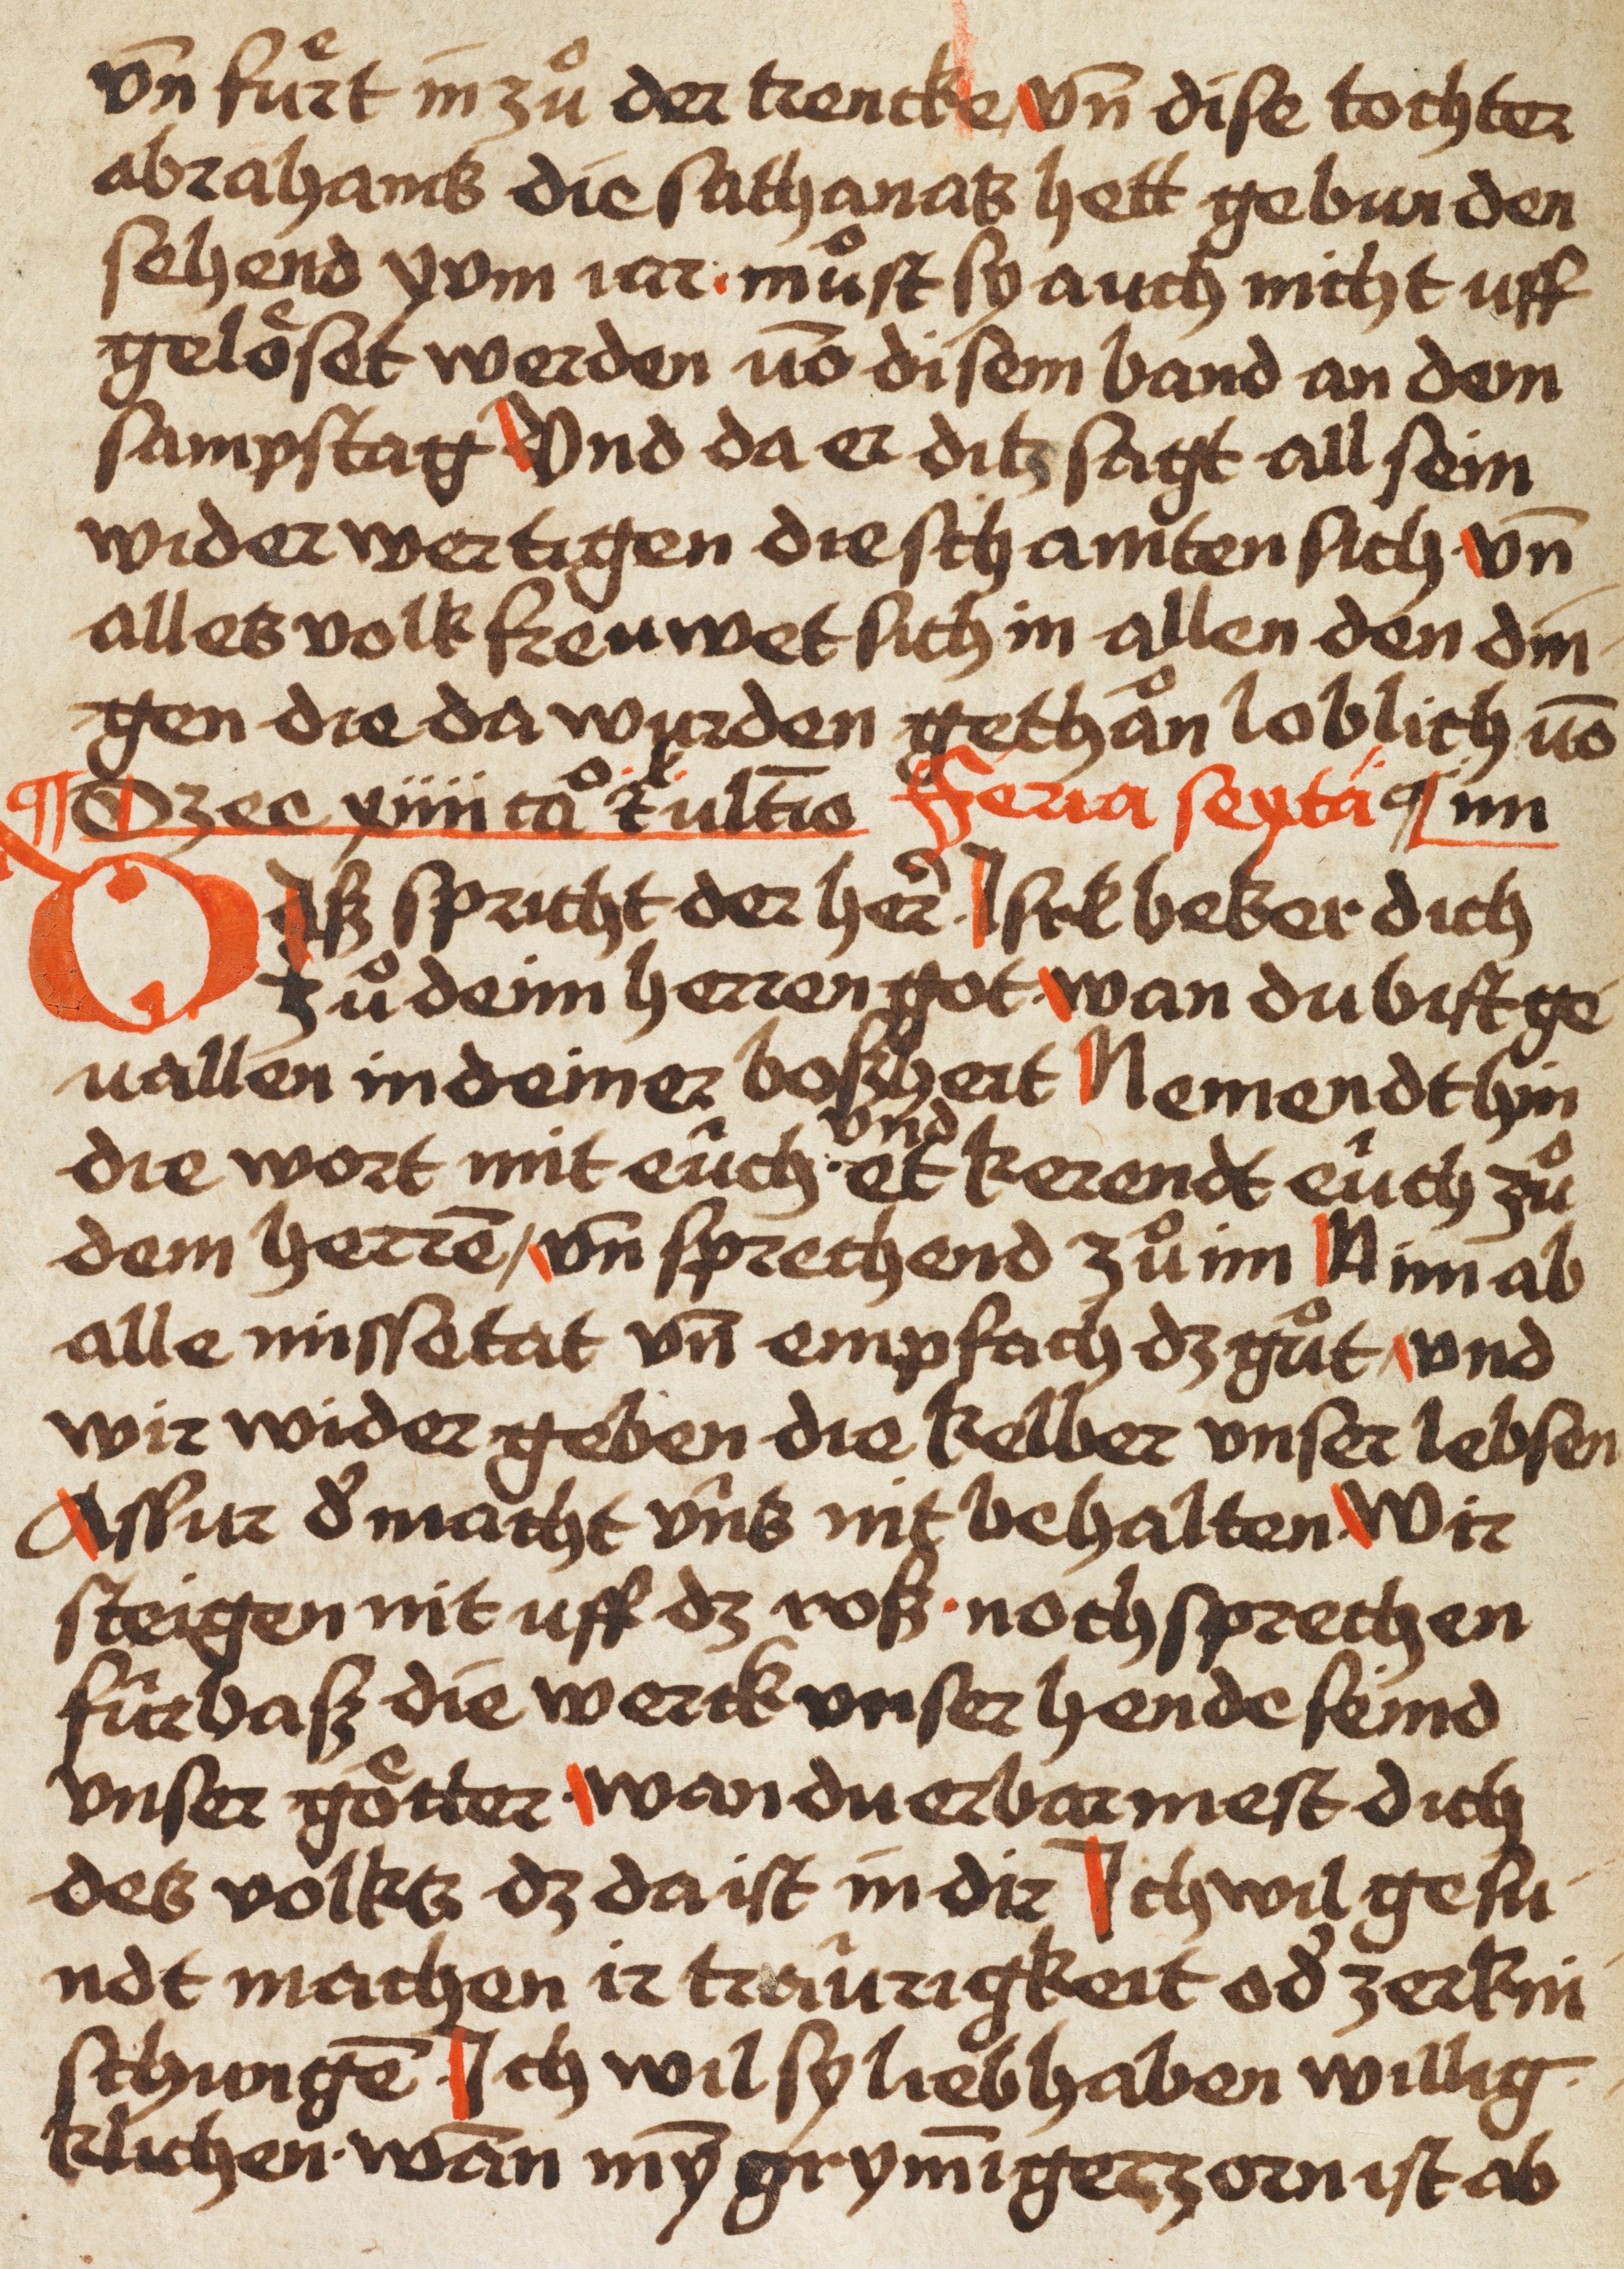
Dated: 1480–1480